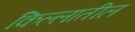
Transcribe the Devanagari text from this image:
किल्लातील